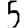
Digit: 5